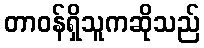
တာဝန်ရှိသူကဆိုသည်